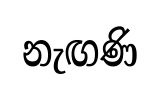
නැඟණි